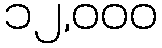
၁၂,၀၀၀